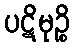
ပဋိမုဉ္စိ